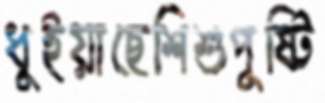
ধুইয়াছেশিশুপুষ্টি